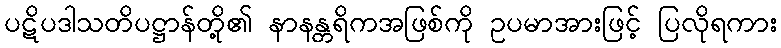
ပဋိပဒါသတိပဋ္ဌာန်တို့၏ နာနန္တရိကအဖြစ်ကို ဥပမာအားဖြင့် ပြလိုရကား